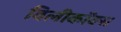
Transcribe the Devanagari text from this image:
विलीकॉक्स